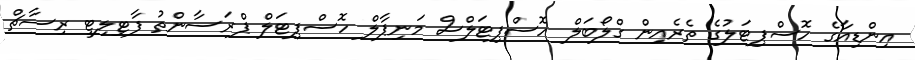
އިންޑިއާގެ ހޮސްޕިޓަލުގެ ތެރެއިން ގްލޯބަލް ހޮސްޕިޓަލްސް މަނިޕާލް ހޮސްޕިޓަލް ޕްރަސާންތު ފާޓިލިޓީ ރިސާޗް